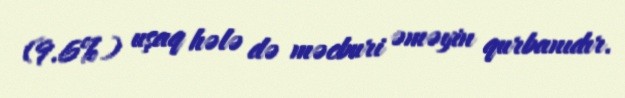
(9.6%) uşaq hələ də məcburi əməyin qurbanıdır.